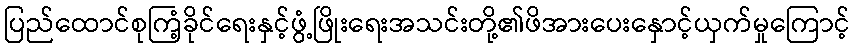
ပြည်ထောင်စုကြံ့ခိုင်ရေးနှင့်ဖွံ့ဖြိုးရေးအသင်းတို့၏ဖိအားပေးနှောင့်ယှက်မှုကြောင့်